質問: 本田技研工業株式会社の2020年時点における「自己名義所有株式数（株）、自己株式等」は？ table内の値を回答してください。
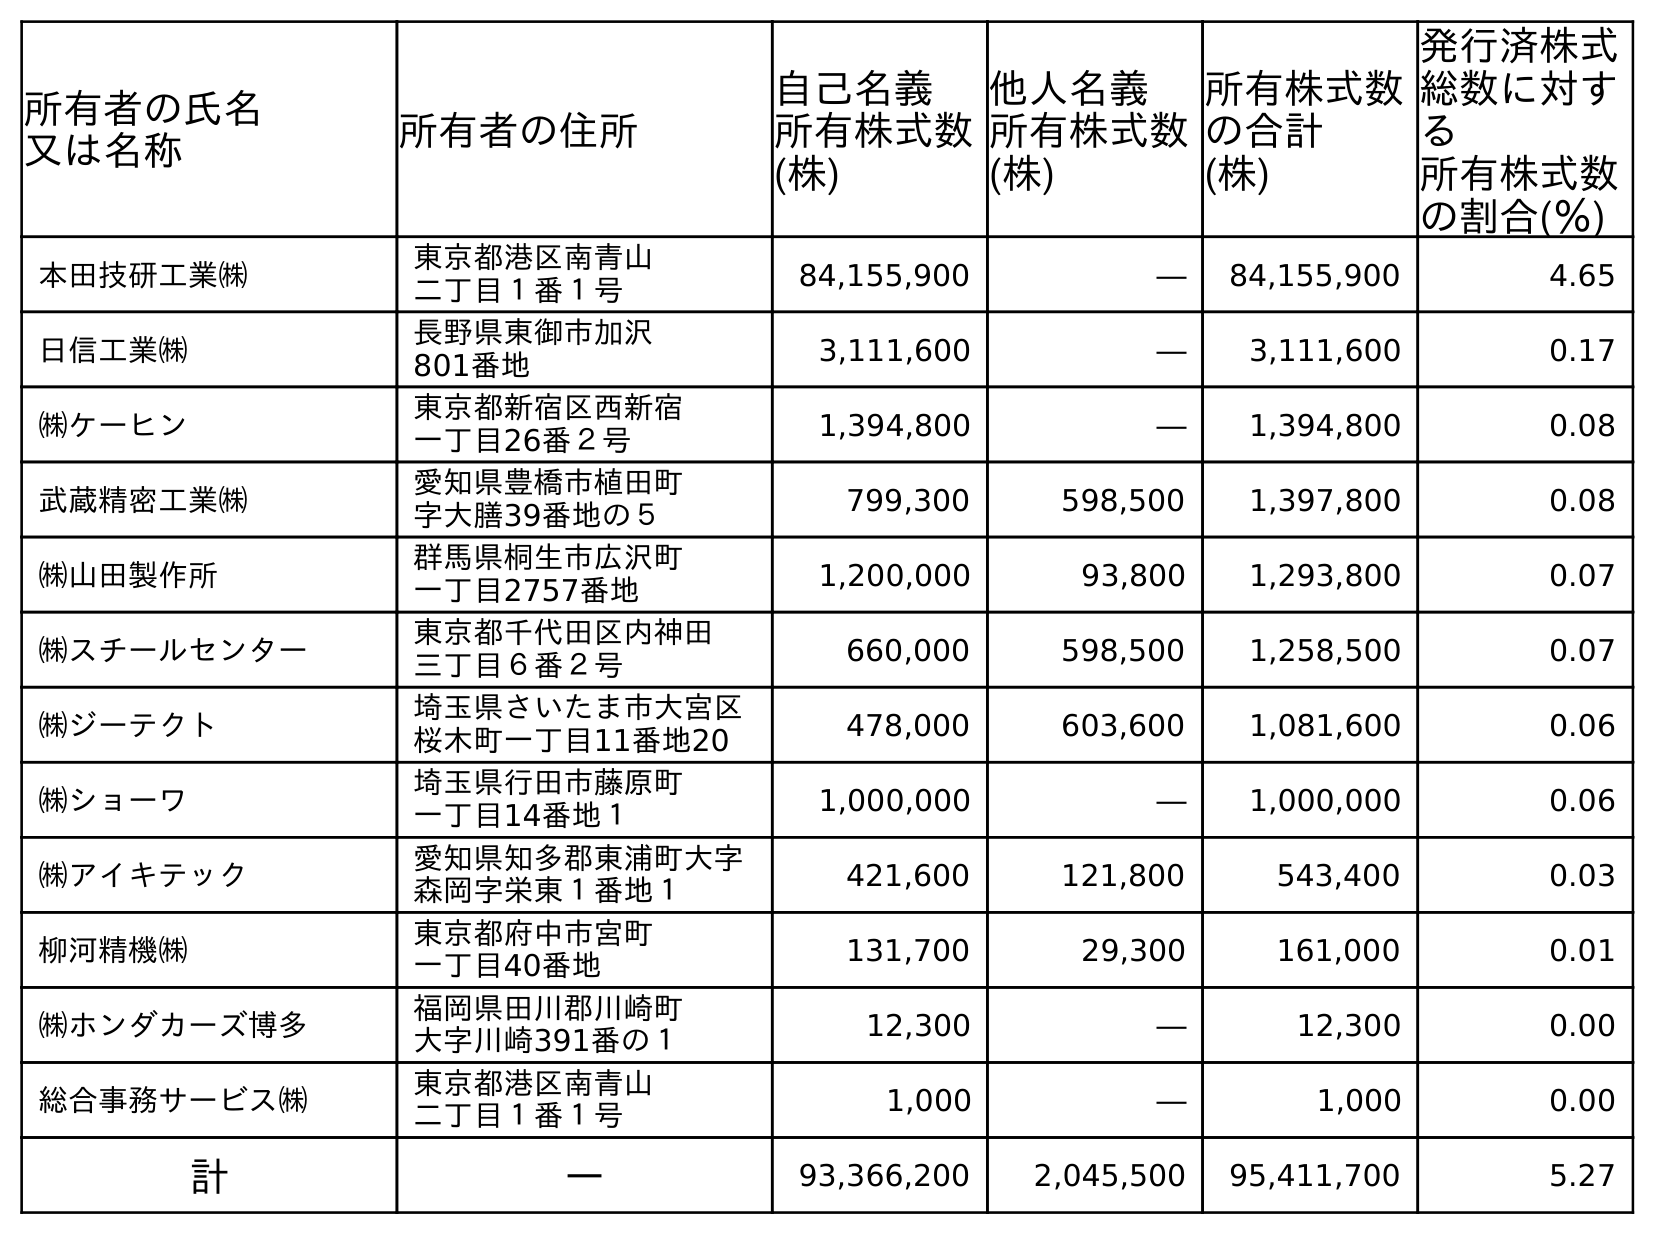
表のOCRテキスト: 所有者の氏名 又は名称 所有者の住所 自己名義 所有株式数 (株) 他人名義 所有株式数 (株) 所有株式数 の合計 (株) 発行済株式 総数に対す る 所有株式数 の割合(％) 本田技研工業㈱ 東京都港区南青山 二丁目１番１号 84,155,900 ― 84,155,900 4.65 日信工業㈱ 長野県東御市加沢 801番地 3,111,600 ― 3,111,600 0.17 ㈱ケーヒン 東京都新宿区西新宿 一丁目26番２号 1,394,800 ― 1,394,800 0.08 武蔵精密工業㈱ 愛知県豊橋市植田町 字大膳39番地の５ 799,300 598,500 1,397,800 0.08 ㈱山田製作所 群馬県桐生市広沢町 一丁目2757番地 1,200,000 93,800 1,293,800 0.07 ㈱スチールセンター 東京都千代田区内神田 三丁目６番２号 660,000 598,500 1,258,500 0.07 ㈱ジーテクト 埼玉県さいたま市大宮区 桜木町一丁目11番地20 478,000 603,600 1,081,600 0.06 ㈱ショーワ 埼玉県行田市藤原町 一丁目14番地１ 1,000,000 ― 1,000,000 0.06 ㈱アイキテック 愛知県知多郡東浦町大字 森岡字栄東１番地１ 421,600 121,800 543,400 0.03 柳河精機㈱ 東京都府中市宮町 一丁目40番地 131,700 29,300 161,000 0.01 ㈱ホンダカーズ博多 福岡県田川郡川崎町 大字川崎391番の１ 12,300 ― 12,300 0.00 総合事務サービス㈱ 東京都港区南青山 二丁目１番１号 1,000 ― 1,000 0.00 計 ― 93,366,200 2,045,500 95,411,700 5.27
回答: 93,366,200